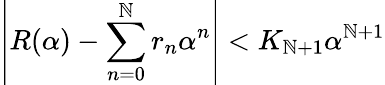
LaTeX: \left|R(\alpha)-\sum_{n=0}^{\mathbb{N}}r_{n}\alpha^{n}\right|<K_{\mathbb{N}+1}\alpha^{\mathbb{N}+1}